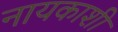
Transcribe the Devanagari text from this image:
नायकाशी